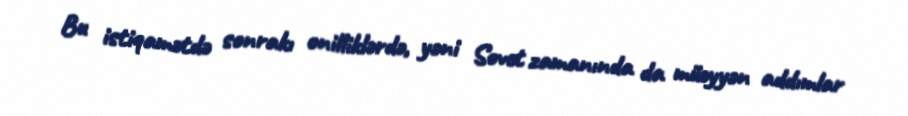
Bu istiqamətdə sonrakı onilliklərdə, yəni Sovet zamanında da müəyyən addımlar